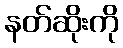
နတ်ဆိုးကို